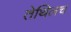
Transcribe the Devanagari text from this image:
तेथिलच